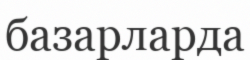
базарларда